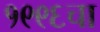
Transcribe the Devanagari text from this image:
१९९६चा